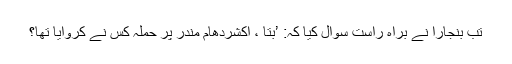
تب بنجارا نے براہِ راست سوال کیا کہ: ’بتا ، اکشردھام مندر پر حملہ کس نے کروایا تھا؟